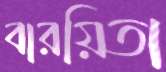
বারয়িতা